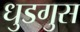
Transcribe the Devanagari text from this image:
धुडगुस